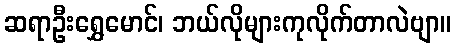
ဆရာဦးရွှေမောင်၊ ဘယ်လိုများကုလိုက်တာလဲဗျာ။